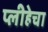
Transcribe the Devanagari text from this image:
प्लीहेचा